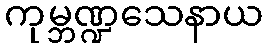
ကုမ္ဘဏ္ဍသေနာယ